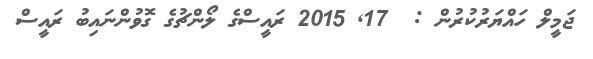
ޖަމީލް ހައްޔަރުކުރުން :  17